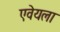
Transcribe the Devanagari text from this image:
एवेयला